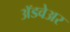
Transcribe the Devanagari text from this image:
अॅडवेअर